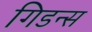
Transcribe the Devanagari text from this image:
गिडन्स